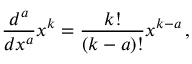
{ \frac { d ^ { a } } { d x ^ { a } } } x ^ { k } = { \frac { k ! } { ( k - a ) ! } } x ^ { k - a } \, ,